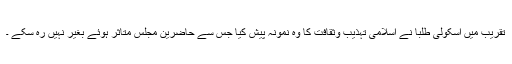
تقریب میں اسکولی طلبا نے اسلامی تہذیب وثقافت کا وہ نمونہ پیش کیا جس سے حاضرین مجلس متاثر ہوئے بغیر نہیں رہ سکے ۔